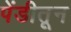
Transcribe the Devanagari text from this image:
पेंडीतून